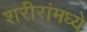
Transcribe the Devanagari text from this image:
शरीरांमध्ये